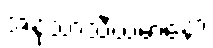
အနုသာသီယမာနော